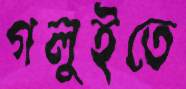
গলুইতে